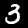
Digit: 3